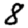
Digit: 8